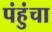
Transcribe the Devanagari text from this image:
पंहुंचा